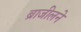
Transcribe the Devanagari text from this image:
ब्राजीलने